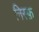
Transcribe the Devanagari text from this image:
निस्फ़